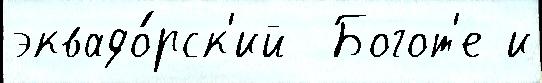
эквадо́рск'ий  Богот'е и